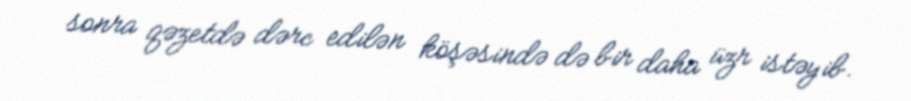
sonra qəzetdə dərc edilən köşəsində də bir daha üzr istəyib.